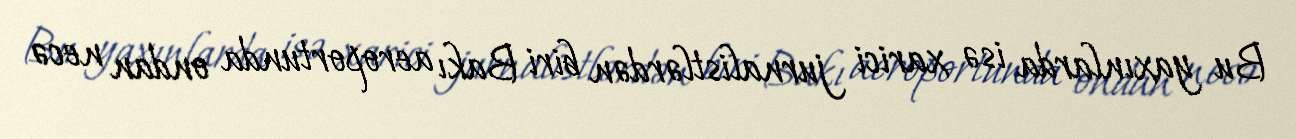
Bu yaxınlarda isə xarici jurnalistlərdən biri Bakı aeroportunda ondan necə